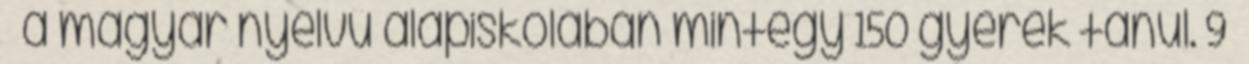
– a magyar nyelvű alapiskolában mintegy 150 gyerek tanul. 9